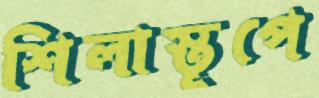
শিলাস্তূপে